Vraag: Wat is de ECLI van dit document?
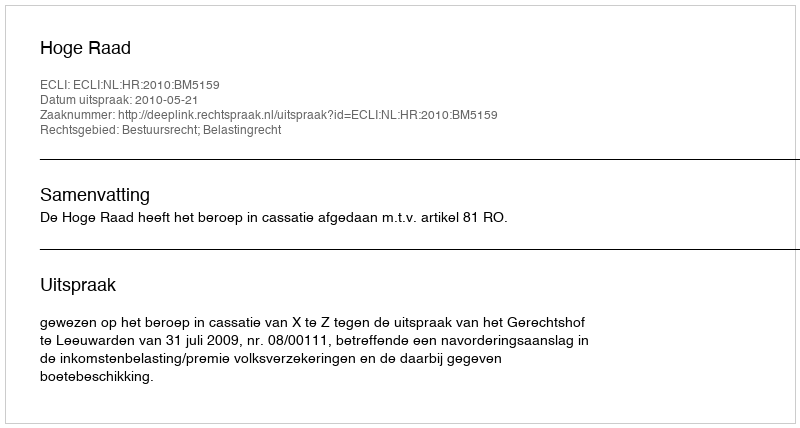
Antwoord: ECLI:NL:HR:2010:BM5159